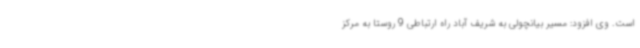
است. وی افزود: مسیر بیانچولی به شریف آباد راه ارتباطی 9 روستا به مرکز